Riigikantselei, lk 3
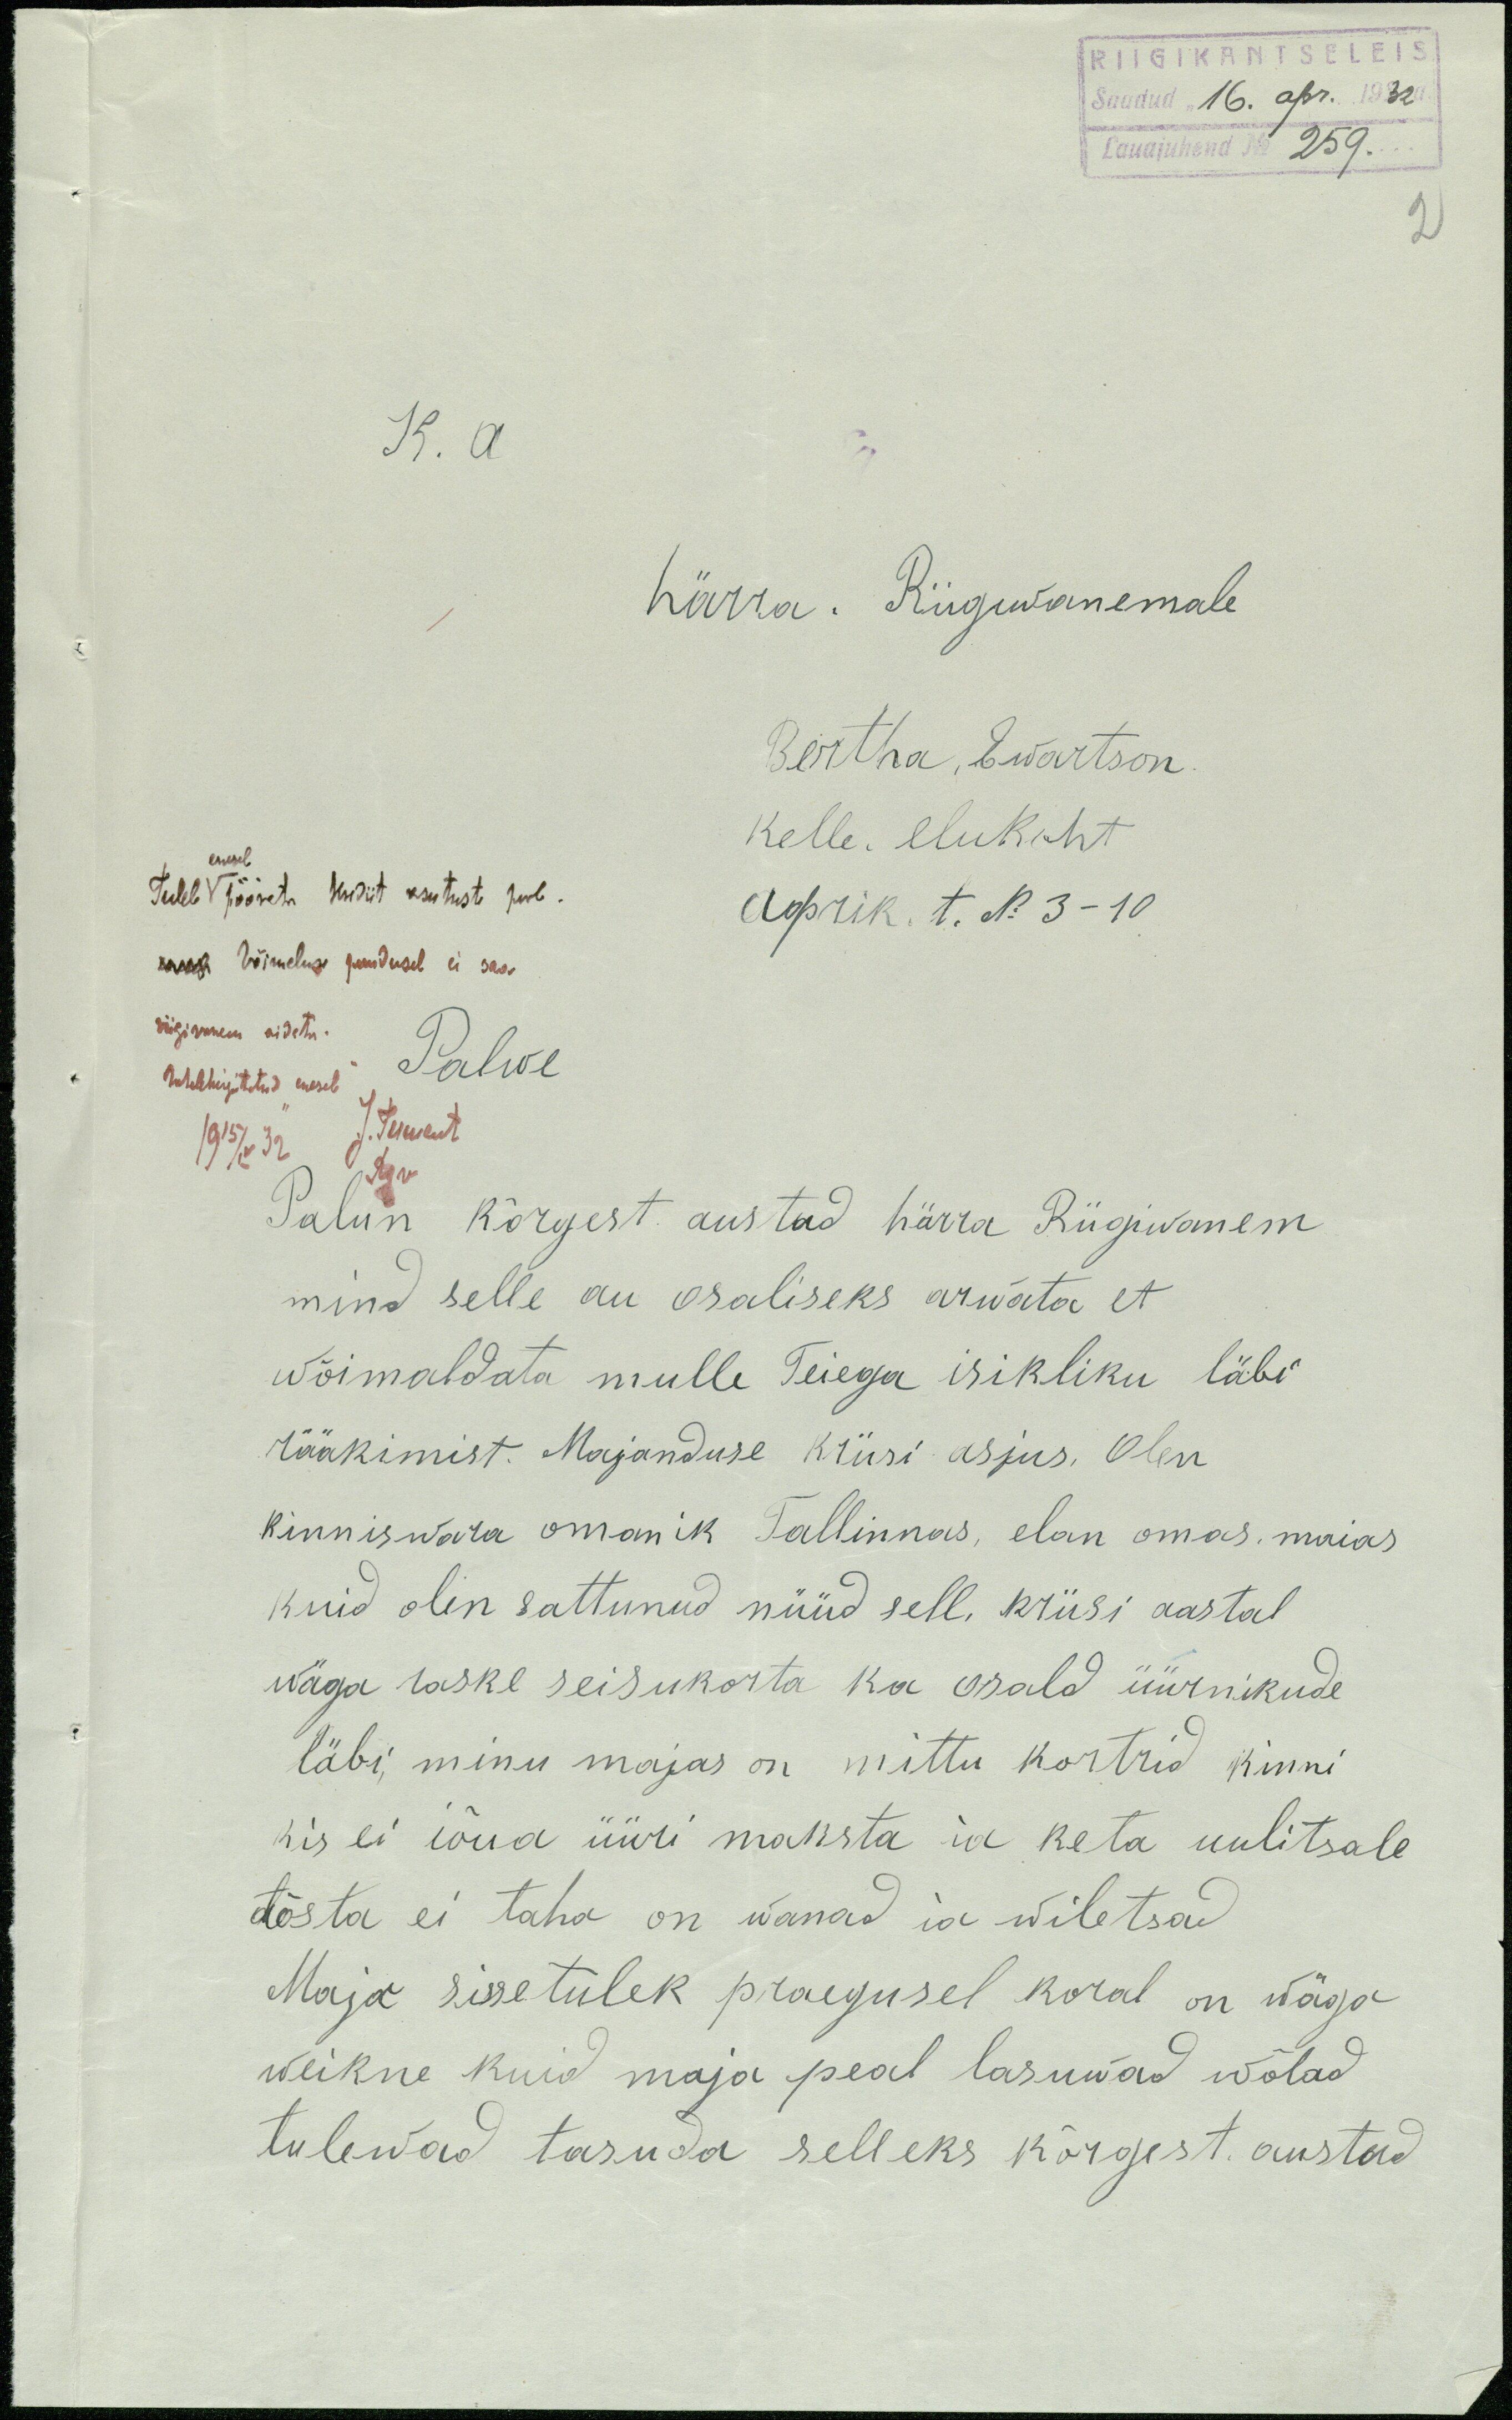
RIIGIKANTSELEIS
Saadud "16" apr. 1932a.
Lauajuhend No 259.
2
K. a
härra. Riigiwanemale
Bertha, Ewartson.
kelle. elukoht
Aoprik. t. N: 3-10
Võimeluse puudusel ei saa
riigivanem aidata
Palwe
1915/iv 32
Palun kõrgest austad härra Riigivanem
mind selle au osaliseks arwata et
wõimaldata mulle Teiega isikliku läbi
rääkimist. Majanduse kriisi asjus. Olen
kinniswara omanik Tallinnas, elan omas maias
kuid olen sattunud nüüd sell, kriisi aastal
wäga raske seisukorda ka osald üürnikude
läbi, minu majas on mittu kortrid kinni
kis ei iõua üüri maksta ia keta uulitsale
tõsta ei taha on wanad ia wiletsad
Maja sissetulek praegusel koral on wäga
weikne kuid maja peal lasuwad wõlad
tulewad tasuda selleks kõrgest. austud